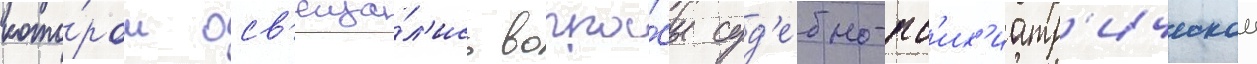
кото́ром осв'еща́л'ись вопро́сы суд'ебно-пс'их'иатр'ическои